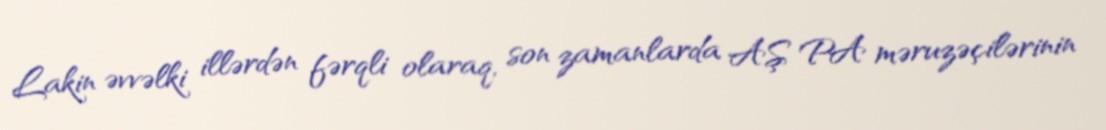
Lakin əvvəlki illərdən fərqli olaraq, son zamanlarda AŞ PA məruzəçilərinin